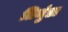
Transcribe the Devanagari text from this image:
तिमुंडा